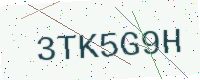
Text: 3TK5G9H